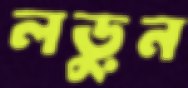
লড়ুন